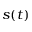
s ( t )